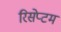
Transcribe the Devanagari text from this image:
रिसेप्टम